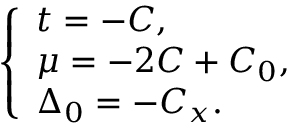
\left\{ \begin{array} { l } { t = - C , } \\ { \mu = - 2 C + C _ { 0 } , } \\ { \Delta _ { 0 } = - C _ { x } . } \end{array} \right.